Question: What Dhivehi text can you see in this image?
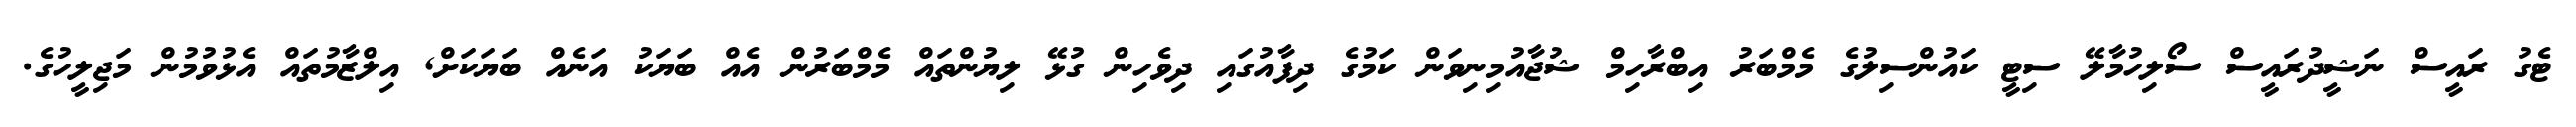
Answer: ޓެގު ރައީސް ނަޝީދުރައީސް ސޯލިހުމާލޭ ސިޓީ ކައުންސިލުގެ މެމްބަރު އިބްރާހިމް ޝުޖާއުމިނިވަން ކަމުގެ ދިފާއުގައި ދިވެހިން ގުޅޭ ލިޔުންތައް މެމްބަރުން އެއް ބަޔަކު އަނެއް ބަޔަކަށް, އިލްޒާމުތައް އެޅުވުމުން މަޖިލީހުގެ.